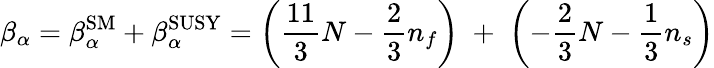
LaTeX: \beta_{\alpha}=\beta_{\alpha}^{\mathrm{SM}}+\beta_{\alpha}^{\mathrm{SUSY}}=\left(\frac{11}{3}N-\frac{2}{3}n_{f}\right)\; +\; \left(-\frac{2}{3}N-\frac{1}{3}n_{s}\right)